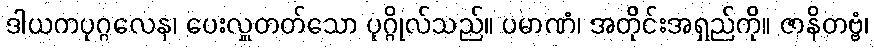
ဒါယကပုဂ္ဂလေန၊ ပေးလှူတတ်သော ပုဂ္ဂိုလ်သည်။ ပမာဏံ၊ အတိုင်းအရှည်ကို။ ဇာနိတဗ္ဗံ၊